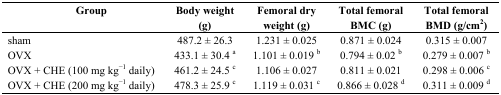
<table><thead><tr><td><b>Group</b></td><td><b>Body weight (g)</b></td><td><b>Femoral dry weight (g)</b></td><td><b>Total femoral BMC (g)</b></td><td><b>Total femoral BMD (g/cm<sup>2</sup>)</b></td></tr></thead><tbody><tr><td>sham</td><td>487.2 ± 26.3</td><td>1.231 ± 0.025</td><td>0.871 ± 0.024</td><td>0.315 ± 0.007</td></tr><tr><td>OVX</td><td>433.1 ± 30.4 <sup>a</sup></td><td>1.101 ± 0.019 <sup>b</sup></td><td>0.794 ± 0.02 <sup>b</sup></td><td>0.279 ± 0.007 <sup>b</sup></td></tr><tr><td>OVX + CHE (100 mg kg<sup>−1</sup> daily)</td><td>461.2 ± 24.5 <sup>c</sup></td><td>1.106 ± 0.027</td><td>0.811 ± 0.021</td><td>0.298 ± 0.006 <sup>c</sup></td></tr><tr><td>OVX + CHE (200 mg kg<sup>−1</sup> daily)</td><td>478.3 ± 25.9 <sup>c</sup></td><td>1.119 ± 0.031 <sup>c</sup></td><td>0.866 ± 0.028 <sup>d</sup></td><td>0.311 ± 0.009 <sup>d</sup></td></tr></tbody></table>